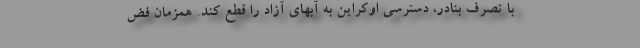
با تصرف بنادر، دسترسی اوکراین به آبهای آزاد را قطع کند. همزمان فض